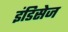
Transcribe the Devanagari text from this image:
इंडिसेज